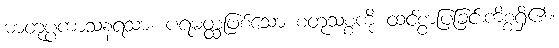
ဓာတုပ္ပကာသနရသာ၊ ပရမတ္ထဖြစ်သော စတုသစ္စကို ထင်စွာပြခြင်းကိစ္စရှိ၏။